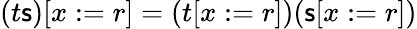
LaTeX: (t\mathsf{s})[x:=r]=(t[x:=r])(\mathsf{s}[x:=r])